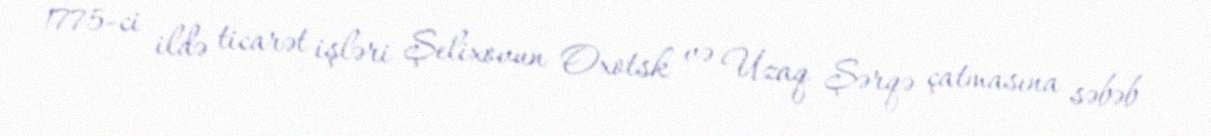
1775-ci ildə ticarət işləri Şelixovun Oxotsk və Uzaq Şərqə çatmasına səbəb